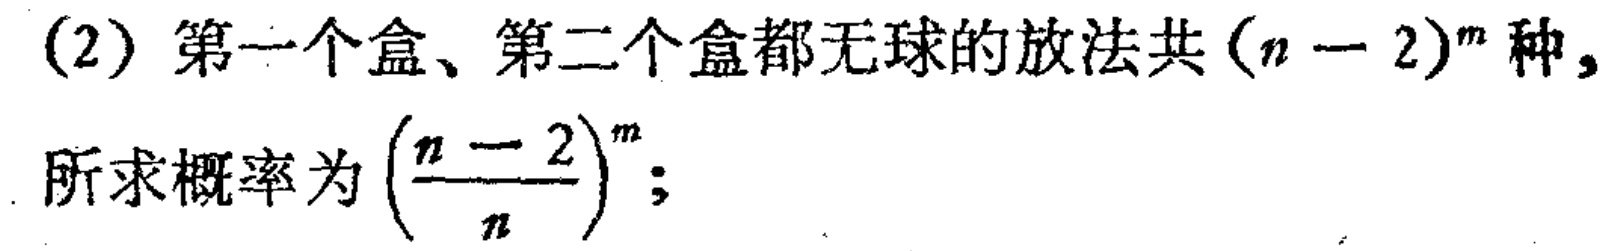
(2) 第一个盒、第二个盒都无球的放法共\((n - 2)^m\)种,
所求概率为\(\left(\dfrac{n - 2}{n}\right)^m\);